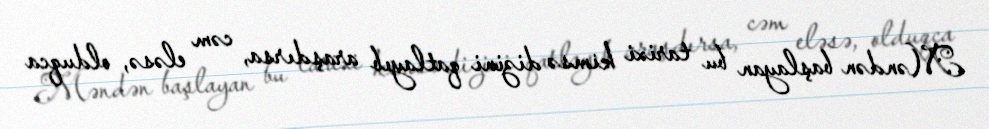
Məndən başlayan bu tarixi kimsə dizini qatlayıb araşdırsa, cəm eləsə, olduqca